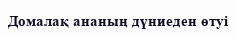
Домалақ ананың дүниеден өтуі